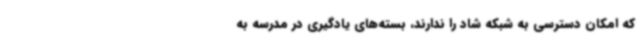
که امکان دسترسی به شبکه شاد را ندارند، بسته‌های یادگیری در مدرسه به